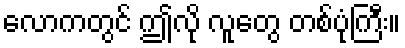
လောကတွင် ဤလို လူတွေ တစ်ပုံကြီး။